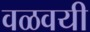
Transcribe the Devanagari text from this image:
वळवयी